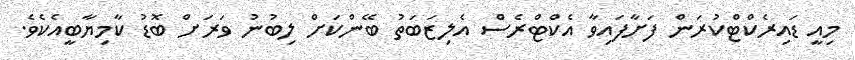
މިއީ ޑައިރެކްޓްކުރަން ފަށާފައިވާ އެކްޓްރެސް އެލިޒަބަތު ބޭންކަށް ލިބުނު ވަރަށް ބޮޑު ކާމިޔާބީއެކެވެ.